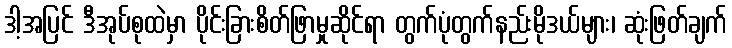
ဒါ့အပြင် ဒီအုပ်စုထဲမှာ ပိုင်းခြားစိတ်ဖြာမှုဆိုင်ရာ တွက်ပုံတွက်နည်းမိုဒယ်များ၊ ဆုံးဖြတ်ချက်